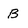
Character: B